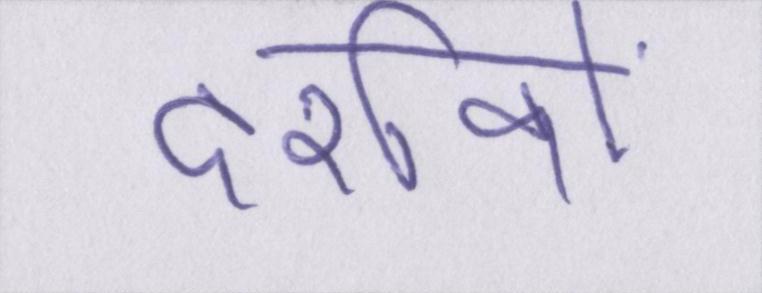
दर्शकों